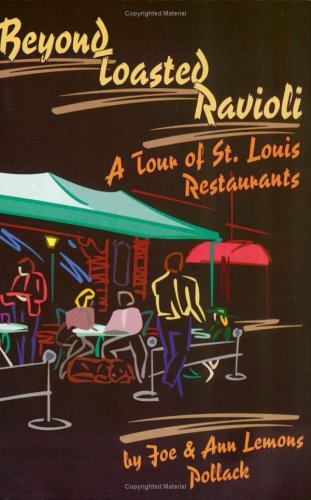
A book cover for Beyond Toasted Ravioli : A Tour of St. Louis Restaurants; Joe Pollack; Travel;